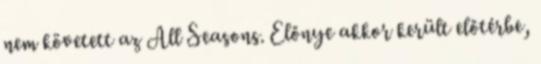
nem követett az All Seasons. Előnye akkor került előtérbe,